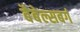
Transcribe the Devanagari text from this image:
बैबेल्सबर्ग